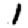
Digit: 1